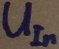
Text: UIn